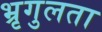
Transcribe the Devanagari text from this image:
भ्रृगुलता